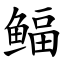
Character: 鲾